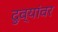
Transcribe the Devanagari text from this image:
दुव्यांवर